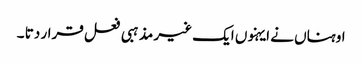
اوہناں نے ایہنوں ایک غیر مذہبی فعل قرار دتا ۔